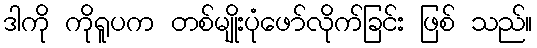
ဒါကို ကိုရူပက တစ်မျိုးပုံဖော်လိုက်ခြင်း ဖြစ် သည်။